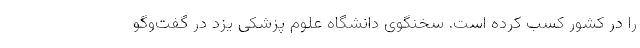
را در کشور کسب کرده است. سخنگوی دانشگاه علوم پزشکی یزد در گفت‌و‌گو